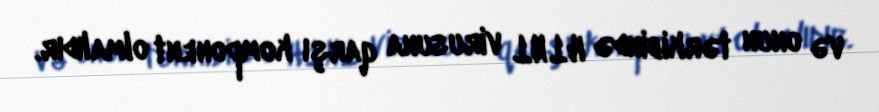
və onun tərkibində H1N1 virusuna qarşı komponent olmalıdır.